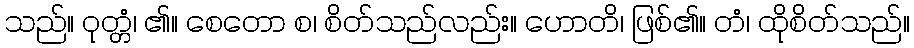
သည်။ ဝုတ္တံ၊ ၏။ စေတော စ၊ စိတ်သည်လည်း။ ဟောတိ၊ ဖြစ်၏။ တံ၊ ထိုစိတ်သည်။